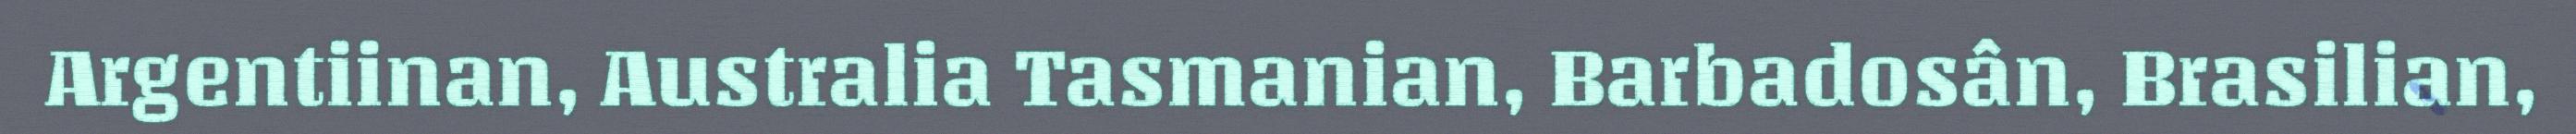
Argentiinan, Australia Tasmanian, Barbadosân, Brasilian,